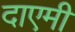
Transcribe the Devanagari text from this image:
दाएमी